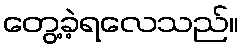
တွေ့ခဲ့ရလေသည်။